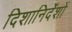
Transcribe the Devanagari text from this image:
दिशानिर्देंशों